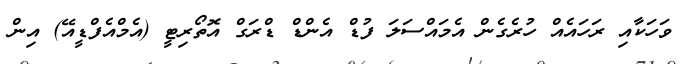
ވަހަކާއި ރަހައެއް ހުރެގެން އެމައްސަލަ ފުޑް އެންޑް ޑްރަގް އޮތޯރިޓީ (އެމްއެފްޑީއޭ) އިން